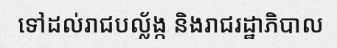
ទៅដល់រាជបល្ល័ង្ក និងរាជរដ្ឋាភិបាល